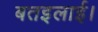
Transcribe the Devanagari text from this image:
बतइलाई।